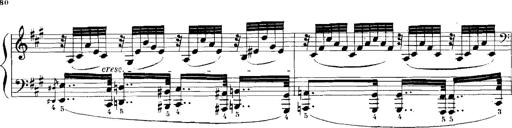
Title: Rhapsodies hongroises
Composer: Franz Liszt